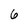
Character: 6